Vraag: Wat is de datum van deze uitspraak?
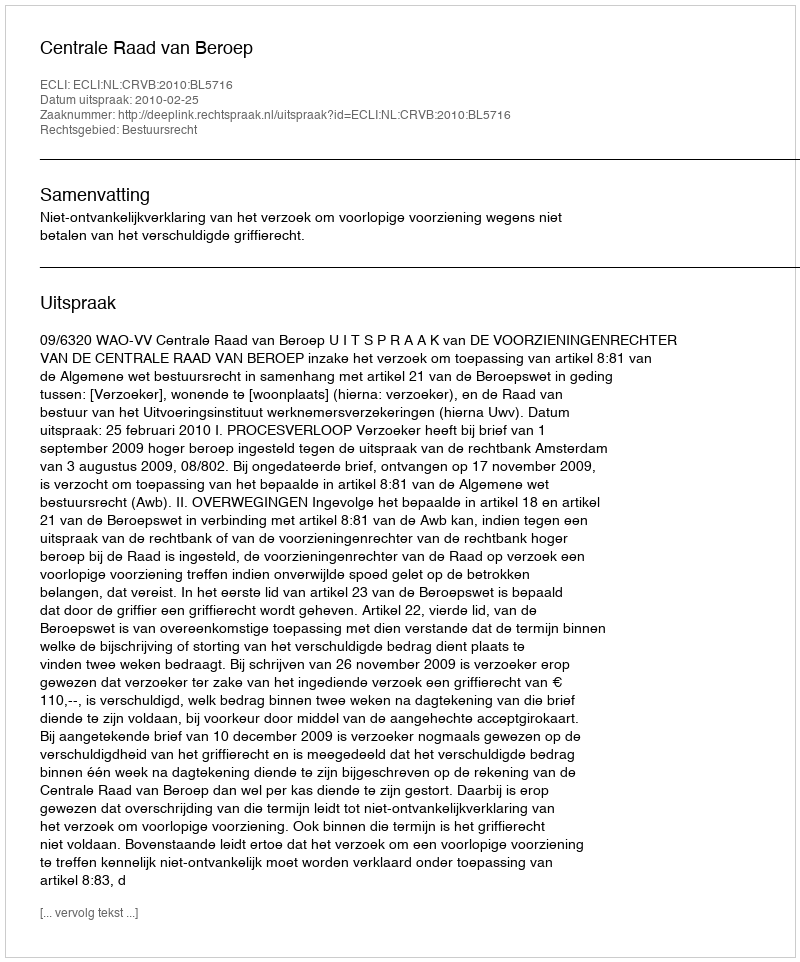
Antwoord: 2010-02-25